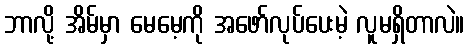
ဘာလို့ အိမ်မှာ မေမေ့ကို အဖော်လုပ်ပေးမဲ့ လူမရှိတာလဲ။